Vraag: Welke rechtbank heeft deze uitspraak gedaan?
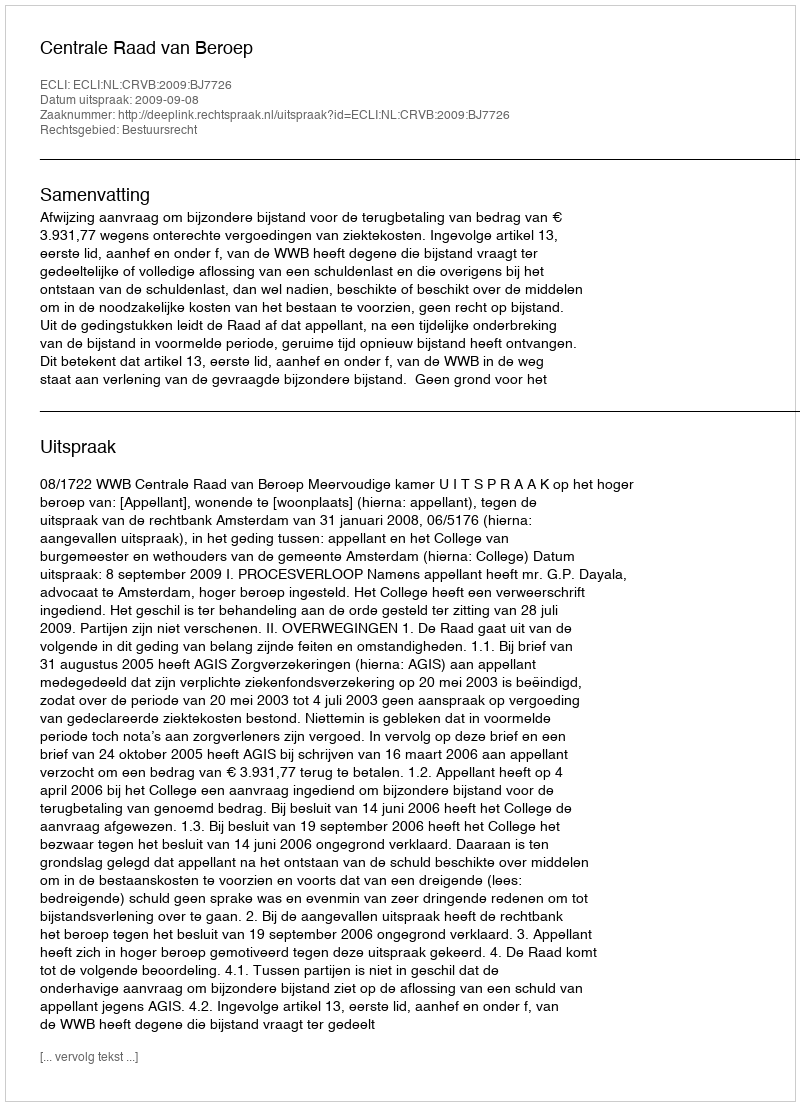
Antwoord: Centrale Raad van Beroep